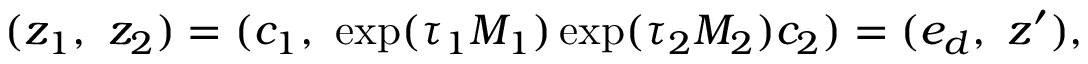
( z _ { 1 } , \ z _ { 2 } ) = ( c _ { 1 } , \ \exp ( \tau _ { 1 } M _ { 1 } ) \exp ( \tau _ { 2 } M _ { 2 } ) c _ { 2 } ) = ( e _ { d } , \ z ^ { \prime } ) ,